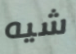
شيه